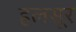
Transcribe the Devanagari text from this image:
हलसूर